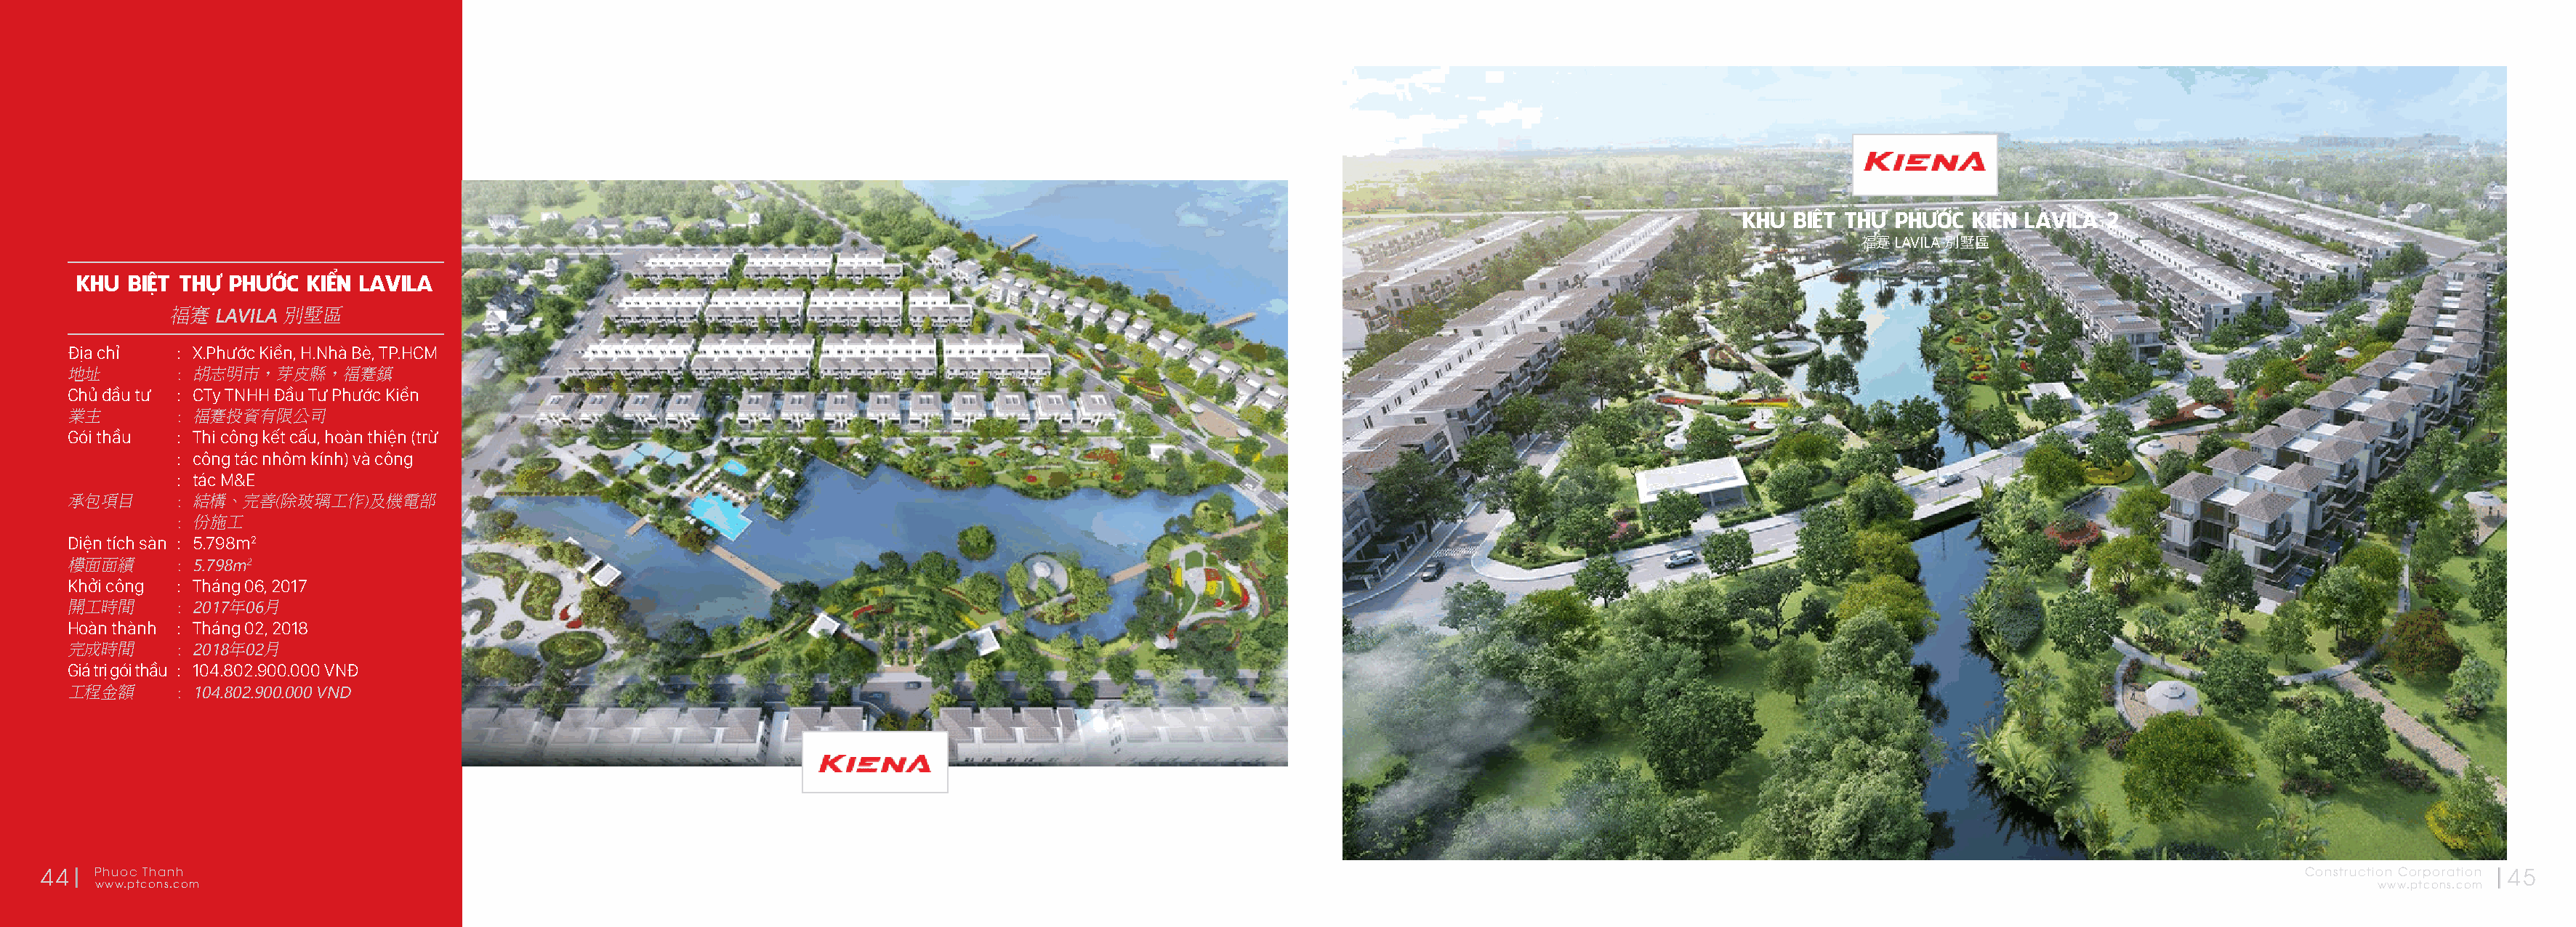
KHU BIỆT THỰ  PHƯỚC  KIỂN LAVILA 2
 福蹇  LAVILA 別墅區
 KHU  BIỆT THỰ PHƯỚC  KIỂN LAVILA
 福蹇  LAVILA 別墅區
 Địa chỉ   : X.Phước Kiển, H.Nhà Bè, TP.HCM
 地址        : 胡志明市，芽皮縣，福蹇鎮
 Chủ đầu tư : CTy TNHH Đầu Tư Phước Kiển
 業主        : 福蹇投資有限公司
 Gói thầu  : Thi công kết cấu, hoàn thiện (trừ
 : công tác nhôm kính) và công
 : tác M&E
 承包項目      : 結構、完善(除玻璃工作)及機電部
 : 份施工
 Diện tích sàn : 5.798m2
 樓面面績      : 5.798m2
 Khởi công : Tháng 06, 2017
 開工時間      : 2017年06月
 Hoàn thành : Tháng 02, 2018
 完成時間      : 2018年02月
 Giá trị gói thầu : 104.802.900.000 VNĐ
 工程金額      : 104.802.900.000 VND
 KHU BIỆT THỰ PHƯỚC   KIỂN LAVILA 2
 福蹇 LAVILA 別墅區
 44   Phuoc Thanh                                                                                                                                                                                              Construction Corporation 45
 www.ptcons.com                                                                                                                                                                                                  www.ptcons.com